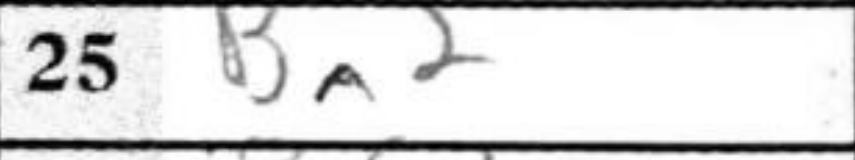
Transcription: Ba2